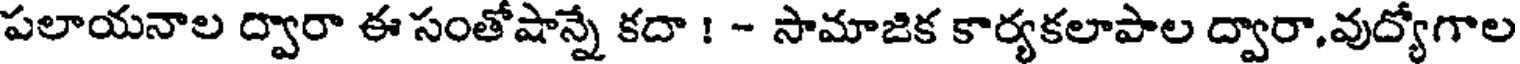
పలాయనాల ద్వారా ఈ సంతోషాన్నే కదా ! - సామాజిక కార్యకలాపాల ద్వారా,వుద్యోగాల